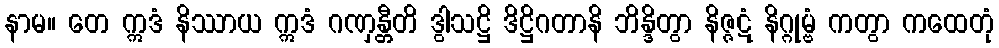
နာမ။ တေ ဣဒံ နိဿာယ ဣဒံ ဂဏှန္တီတိ ဒွါသဋ္ဌိ ဒိဋ္ဌိဂတာနိ ဘိန္ဒိတွာ နိဇ္ဇဋံ နိဂ္ဂုမ္ဗံ ကတွာ ကထေတုံ